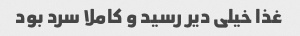
غذا خیلى دیر رسید و کاملا سرد بود